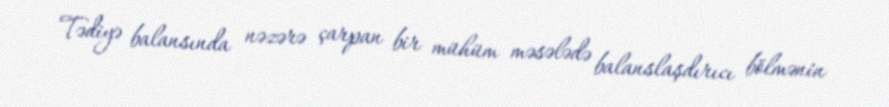
Tədiyə balansında nəzərə çarpan bir mühüm məsələdə balanslaşdırıcı bölmənin